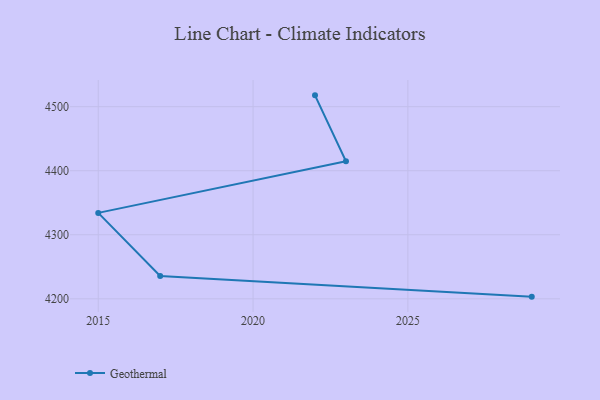
{"axis": {"x": "Year", "y": "Energy Usage (MWh)"}, "legend": ["Geothermal"], "data": [{"x": "2029", "y": 4203.4, "type": "Geothermal"}, {"x": "2017", "y": 4235.8, "type": "Geothermal"}, {"x": "2015", "y": 4334.2, "type": "Geothermal"}, {"x": "2023", "y": 4414.8, "type": "Geothermal"}, {"x": "2022", "y": 4517.7, "type": "Geothermal"}]}